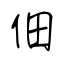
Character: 佃